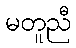
မတူညီ